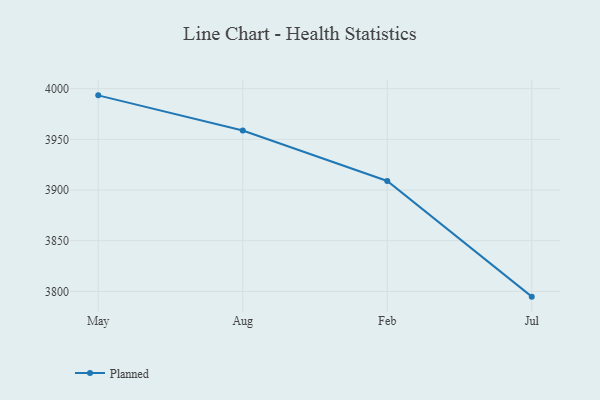
{"axis": {"x": "Month", "y": "Energy Usage (MWh)"}, "legend": ["Planned"], "data": [{"x": "May", "y": 3993.4, "type": "Planned"}, {"x": "Aug", "y": 3958.7, "type": "Planned"}, {"x": "Feb", "y": 3908.9, "type": "Planned"}, {"x": "Jul", "y": 3794.8, "type": "Planned"}]}